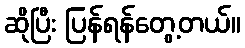
ဆိုပြီး ပြန်ရန်တွေ့တယ်။